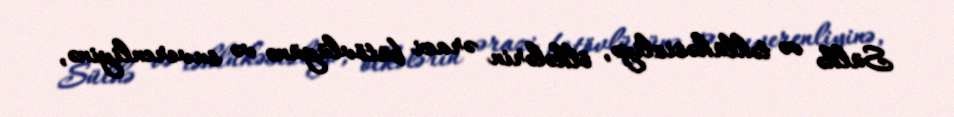
Sülhə və təhlükəsizliyə, ölkələrin ərazi bütövlüyünə və suverenliyinə,